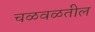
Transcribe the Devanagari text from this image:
चळवळतील